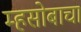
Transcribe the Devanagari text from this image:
म्हसोबाचा